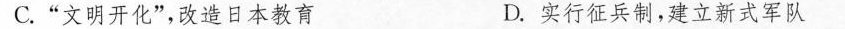
C.”文明开化”，改造日本教育 D.实行征兵制，建立新式军队